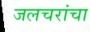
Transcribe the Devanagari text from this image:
जलचरांचा